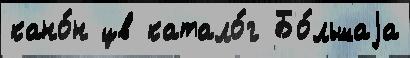
кано́н цв катало́г Бо́льшаjа